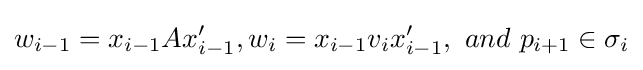
w_{i-1}=x_{i-1}Ax'_{i-1},w_{i}=x_{i-1}v_{i}x'_{i-1},\ and\ p_{i+1}\in \sigma _{i}